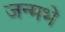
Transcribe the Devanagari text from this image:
जन्मभे